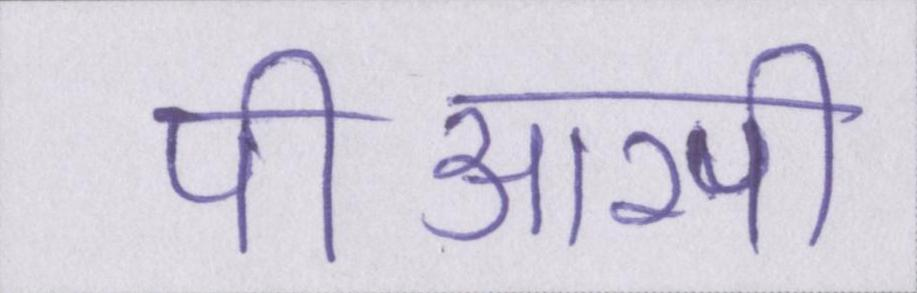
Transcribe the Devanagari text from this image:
पीआरपी